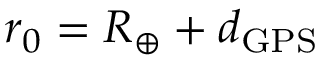
r _ { 0 } = R _ { \oplus } + d _ { \mathrm { G P S } }